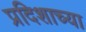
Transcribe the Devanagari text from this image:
प्रदिशाच्या